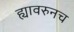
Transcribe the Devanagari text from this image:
ह्यावरुनच